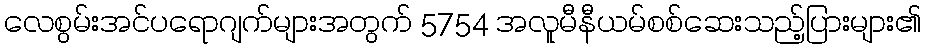
လေစွမ်းအင်ပရောဂျက်များအတွက် 5754 အလူမီနီယမ်စစ်ဆေးသည့်ပြားများ၏